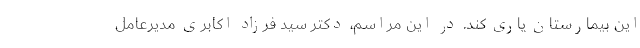
این بیمارستان یاری کند. در اين مراسم، دکتر سید فرزاد اکابری مدیرعامل